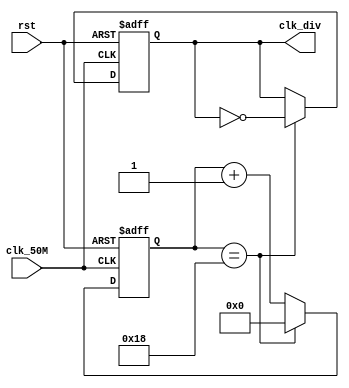
module clk_div (
	input			clk_50M,
	input			rst,
	output reg	clk_div
);
parameter CNT_THRESHOLD		=	25;// clk_div freq = 50_000_000 / (CNT_THRESHOLD*2), which is 1MHz for now

reg[15:0] cnt;

always@(posedge clk_50M or posedge rst)
begin
	if(rst==1'b1)
		cnt <= 16'd0;
	else if(cnt==CNT_THRESHOLD-1)
		cnt <= 16'd0;
	else
		cnt <= cnt + 1;
end

always@(posedge clk_50M or posedge rst)
begin
	if(rst==1'b1)
		clk_div <= 1'b0;
	else if(cnt==CNT_THRESHOLD-1)
		clk_div <= ~clk_div;
	else
		clk_div <= clk_div;
end

endmodule